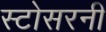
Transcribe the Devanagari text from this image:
स्टोसरनी